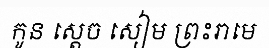
កូន ស្តេច សៀម ព្រះរាមេ